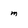
Character: m